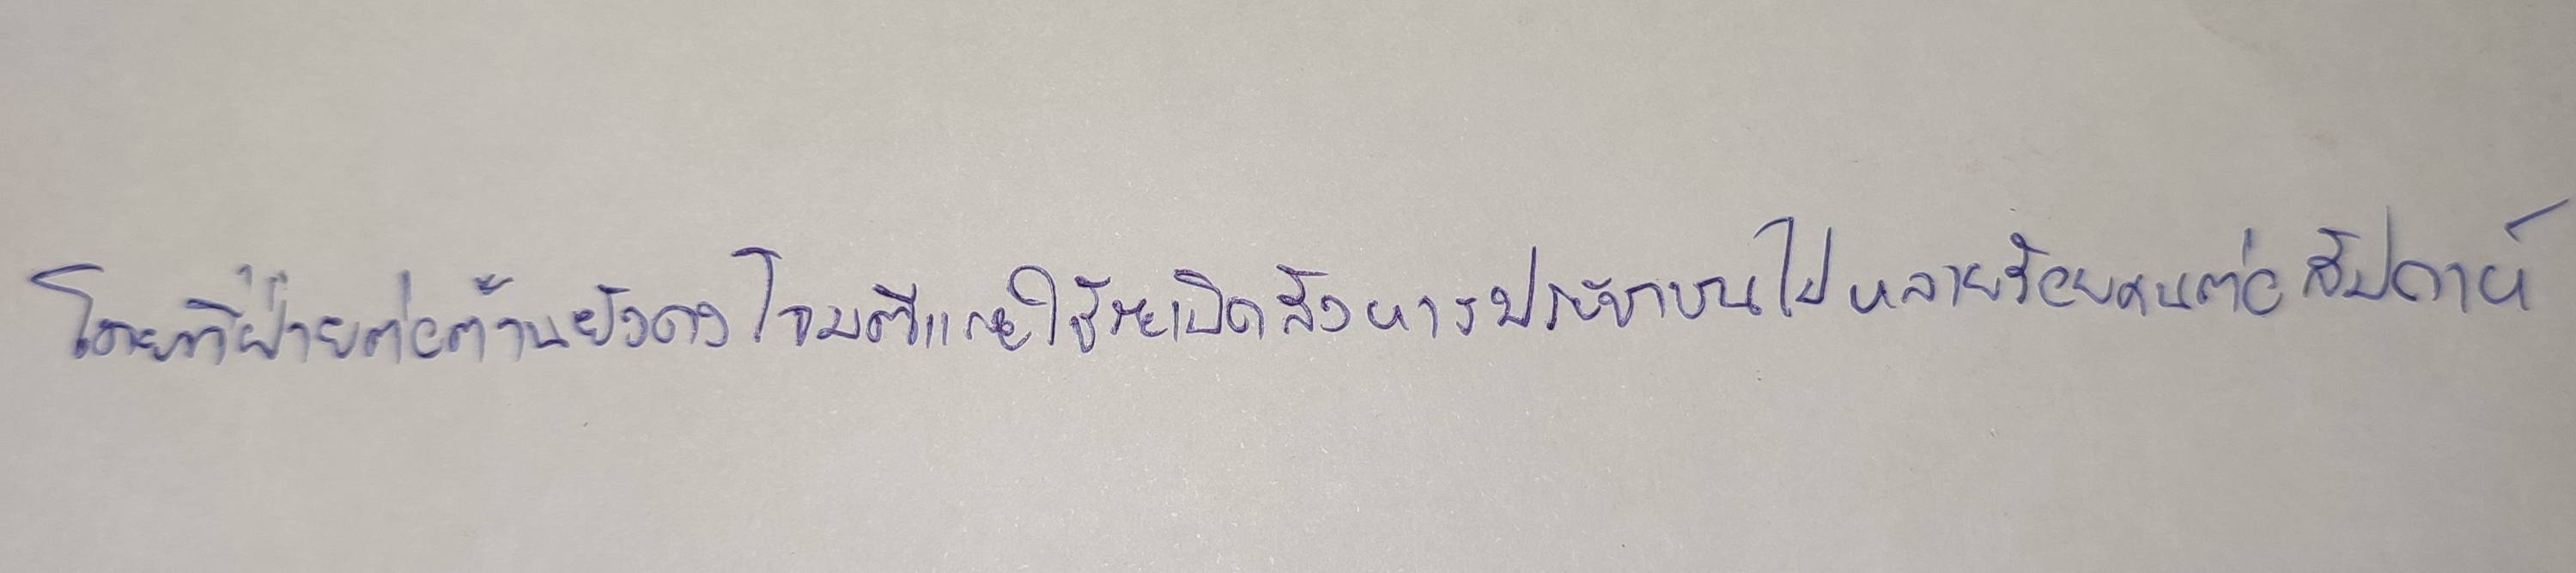
โดยที่ฝ่ายต่อต้านยังคงโจมตีและใช้ระเบิดสังหารประชาชนไปหลายร้อยคนต่อสัปดาห์